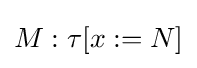
M:\tau [x:=N]